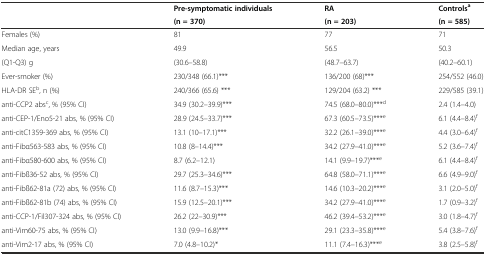
<table><thead><tr><td rowspan="2"></td><td><b>Pre-symptomatic individuals</b></td><td><b>RA</b></td><td><b>Controls<sup>a</sup></b></td></tr><tr><td><b>(n = 370)</b></td><td><b>(n = 203)</b></td><td><b>(n = 585)</b></td></tr></thead><tbody><tr><td>Females (%)</td><td>81</td><td>77</td><td>71</td></tr><tr><td>Median age, years</td><td>49.9</td><td>56.5</td><td>50.3</td></tr><tr><td>(Q1-Q3) g</td><td>(30.6–58.8)</td><td>(48.7–63.7)</td><td>(40.2–60.1)</td></tr><tr><td>Ever-smoker (%)</td><td>230/348 (66.1)***</td><td>136/200 (68)***</td><td>254/552 (46.0)</td></tr><tr><td>HLA-DR SE<sup>b</sup>, n (%)</td><td>240/366 (65.6) ***</td><td>129/204 (63.2) ***</td><td>229/585 (39.1)</td></tr><tr><td>anti-CCP2 abs<sup>c</sup>, % (95% CI)</td><td>34.9 (30.2–39.9)***</td><td>74.5 (68.0–80.0)***<sup>d</sup></td><td>2.4 (1.4–4.0)</td></tr><tr><td>anti-CEP-1/Eno5-21 abs, % (95% CI)</td><td>28.9 (24.5–33.7)***</td><td>67.3 (60.5–73.5)***<sup>e</sup></td><td>6.1 (4.4–8.4)<sup>f</sup></td></tr><tr><td>anti-citC1359-369 abs, % (95% CI)</td><td>13.1 (10–17.1)***</td><td>32.2 (26.1–39.0)***<sup>e</sup></td><td>4.4 (3.0–6.4)<sup>f</sup></td></tr><tr><td>anti-Fibα563-583 abs, % (95% CI)</td><td>10.8 (8–14.4)***</td><td>34.2 (27.9–41.0)***<sup>e</sup></td><td>5.2 (3.6–7.4)<sup>f</sup></td></tr><tr><td>anti-Fibα580-600 abs, % (95% CI)</td><td>8.7 (6.2–12.1)</td><td>14.1 (9.9–19.7)***<sup>e</sup></td><td>6.1 (4.4–8.4)<sup>f</sup></td></tr><tr><td>anti-Fibß36-52 abs, % (95% CI)</td><td>29.7 (25.3–34.6)***</td><td>64.8 (58.0–71.1)***<sup>e</sup></td><td>6.6 (4.9–9.0)<sup>f</sup></td></tr><tr><td>anti-Fibß62-81a (72) abs, % (95% CI)</td><td>11.6 (8.7–15.3)***</td><td>14.6 (10.3–20.2)***<sup>e</sup></td><td>3.1 (2.0–5.0)<sup>f</sup></td></tr><tr><td>anti-Fibß62-81b (74) abs, % (95% CI)</td><td>15.9 (12.5–20.1)***</td><td>34.2 (27.9–41.0)***<sup>e</sup></td><td>1.7 (0.9–3.2)<sup>f</sup></td></tr><tr><td>anti-CCP-1/Fil307-324 abs, % (95% CI)</td><td>26.2 (22–30.9)***</td><td>46.2 (39.4–53.2)***<sup>e</sup></td><td>3.0 (1.8–4.7)<sup>f</sup></td></tr><tr><td>anti-Vim60-75 abs, % (95% CI)</td><td>13.0 (9.9–16.8)***</td><td>29.1 (23.3–35.8)***<sup>e</sup></td><td>5.4 (3.8–7.6)<sup>f</sup></td></tr><tr><td>anti-Vim2-17 abs, % (95% CI)</td><td>7.0 (4.8–10.2)*</td><td>11.1 (7.4–16.3)***<sup>e</sup></td><td>3.8 (2.5–5.8)<sup>f</sup></td></tr></tbody></table>